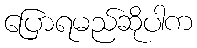
ပြောရမည်ဆိုပါက